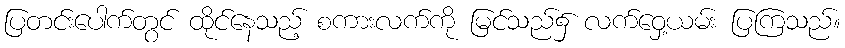
ပြတင်းပေါက်တွင် ထိုင်နေသည့် စကားလက်ကို မြင်သည်၌ လက်ဝှေ့ယမ်း ပြကြသည်။